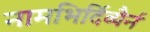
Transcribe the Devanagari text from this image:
नामभिर्दिव्यैर्न